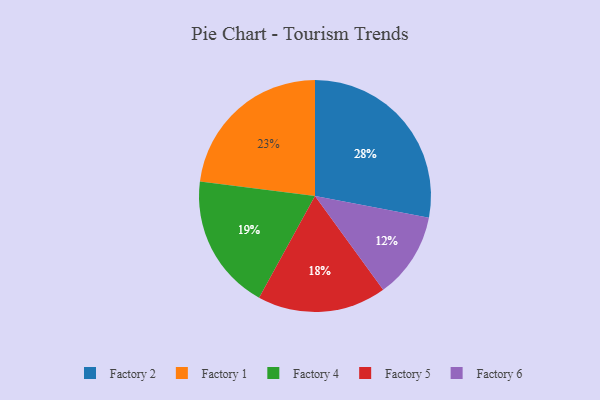
{"axis": {"x": "Category", "y": "Percentage"}, "legend": ["Factory 1", "Factory 2", "Factory 4", "Factory 5", "Factory 6"], "data": [{"x": "Factory 1", "y": 23, "type": "Factory 1"}, {"x": "Factory 6", "y": 12, "type": "Factory 6"}, {"x": "Factory 5", "y": 18, "type": "Factory 5"}, {"x": "Factory 4", "y": 19, "type": "Factory 4"}, {"x": "Factory 2", "y": 28, "type": "Factory 2"}]}